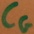
Text: CG